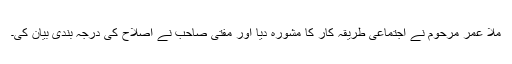
ملا عمر مرحوم نے اجتماعی طریقہ کار کا مشورہ دیا اور مفتی صاحب نے اصلاح کی درجہ بندی بیان کی۔